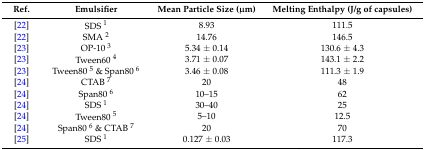
<table><thead><tr><td><b>Ref.</b></td><td><b>Emulsifier</b></td><td><b>Mean Particle Size (μm)</b></td><td><b>Melting Enthalpy (J/g of capsules)</b></td></tr></thead><tbody><tr><td>[22]</td><td>SDS <sup>1</sup></td><td>8.93</td><td>111.5</td></tr><tr><td>[22]</td><td>SMA <sup>2</sup></td><td>14.76</td><td>146.5</td></tr><tr><td>[23]</td><td>OP-10 <sup>3</sup></td><td>5.34 ± 0.14</td><td>130.6 ± 4.3</td></tr><tr><td>[23]</td><td>Tween60 <sup>4</sup></td><td>3.71 ± 0.07</td><td>143.1 ± 2.2</td></tr><tr><td>[23]</td><td>Tween80 <sup>5</sup> &amp; Span80 <sup>6</sup></td><td>3.46 ± 0.08</td><td>111.3 ± 1.9</td></tr><tr><td>[24]</td><td>CTAB <sup>7</sup></td><td>20</td><td>48</td></tr><tr><td>[24]</td><td>Span80 <sup>6</sup></td><td>10–15</td><td>62</td></tr><tr><td>[24]</td><td>SDS <sup>1</sup></td><td>30–40</td><td>25</td></tr><tr><td>[24]</td><td>Tween80 <sup>5</sup></td><td>5–10</td><td>12.5</td></tr><tr><td>[24]</td><td>Span80 <sup>6</sup> &amp; CTAB <sup>7</sup></td><td>20</td><td>70</td></tr><tr><td>[25]</td><td>SDS <sup>1</sup></td><td>0.127 ± 0.03</td><td>117.3</td></tr></tbody></table>